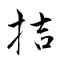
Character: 拮